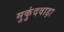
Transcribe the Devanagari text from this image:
मुकुंदवाड़ा